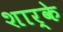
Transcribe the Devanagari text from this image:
शार्के